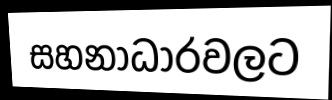
සහනාධාරවලට